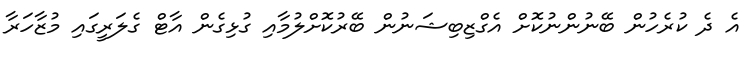
އެ ދެ ކުރެހުން ބޭނުންނުކޮށް އެގްޒިބިޝަނުން ބޭރުކޮށްލުމާއި ގުޅިގެން އާޓް ގެލަރީގައި މުޒާހަރާ